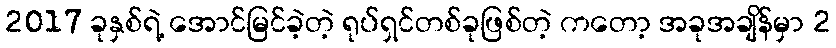
2017 ခုနှစ်ရဲ့ အောင်မြင်ခဲ့တဲ့ ရုပ်ရှင်တစ်ခုဖြစ်တဲ့ ကတော့ အခုအချိန်မှာ 2